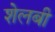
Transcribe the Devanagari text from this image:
शेलबी